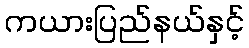
ကယားပြည်နယ်နှင့်